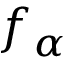
f _ { \alpha }